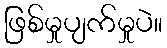
ဖြစ်မှုပျက်မှုပဲ။